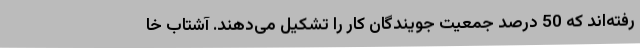
رفته‌اند که 50 درصد جمعیت جویندگان کار را تشکیل می‌دهند. آشتاب خا